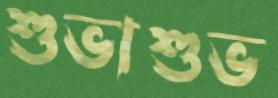
শুভাশুভ